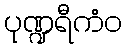
ပုဏ္ဍရီကံဝ